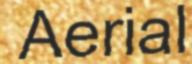
Aerial